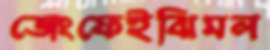
জেংফেইঝিমল